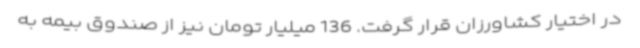
در اختیار کشاورزان قرار گرفت. 136 میلیار تومان نیز از صندوق بیمه به